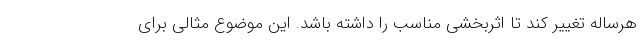
هرساله تغییر کند تا اثربخشی مناسب را داشته باشد. این موضوع مثالی برای